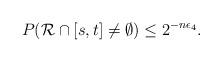
LaTeX: \begin{align*}P ( \mathcal{R} \cap [s,t] \not= \emptyset ) \leq 2^{-n \epsilon_{4}}.\end{align*}